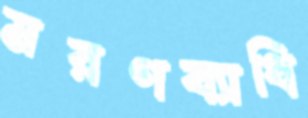
মরণব্যাধি